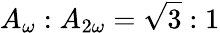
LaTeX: A_{{\omega}}:A_{2{\omega}}=\sqrt 3:1